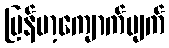
မြန်မာ့ကျောက်မျက်